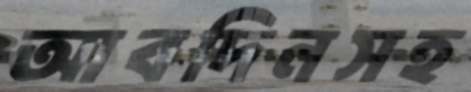
আবদিনসহ